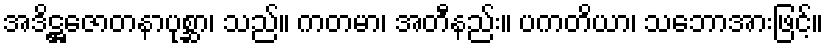
အဒိဋ္ဌဇောတနာပုစ္ဆာ၊ သည်။ ကတမာ၊ အတီနည်း။ ပကတိယာ၊ သဘောအားဖြင့်။